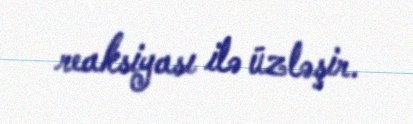
reaksiyası ilə üzləşir.